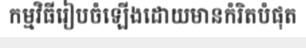
កម្មវិធីរៀបចំឡើងដោយមានកំរិតបំផុត